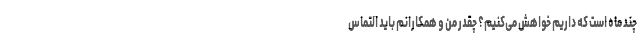
چند ماه است که داریم خواهش می‌کنیم؟ چقدر من و همکارانم باید التماس